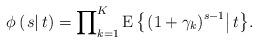
LaTeX: \begin{align*}\phi \left( {\left. s \right|t} \right) = \prod\nolimits_{k = 1}^K {{\rm E}\left\{ {\left. {{{{{\left(1 + \gamma_k\right)}} }^{s - 1}}} \right|t} \right\}}.\end{align*}